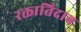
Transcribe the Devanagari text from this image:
रक्तातिदाब